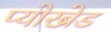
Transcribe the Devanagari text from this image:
प्योरब्रेड